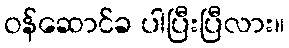
ဝန်ဆောင်ခ ပါပြီးပြီလား။